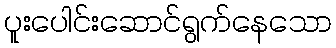
ပူးပေါင်းဆောင်ရွက်နေသော